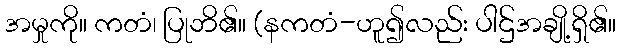
အမှုကို။ ကတံ၊ ပြုဘိ၏။ (နကတံ-ဟူ၍လည်း ပါဌ်အချို့ရှိ၏။